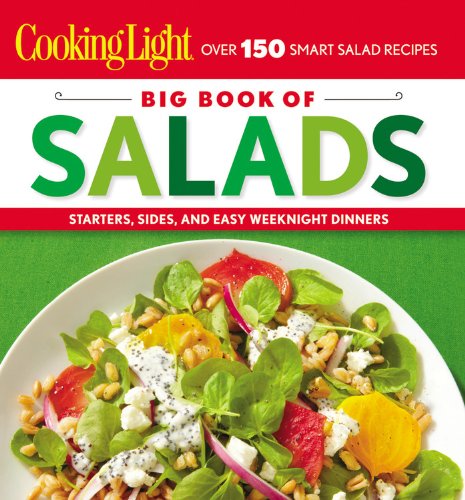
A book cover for Cooking Light Big Book of Salads: Starters, Sides and Easy Weeknight Dinners; Cooking Light; Cookbooks, Food & Wine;